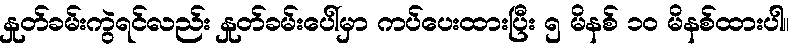
နှုတ်ခမ်းကွဲရင်လည်း နှုတ်ခမ်းပေါ်မှာ ကပ်ပေးထားပြီး ၅ မိနစ် ၁၀ မိနစ်ထားပါ။